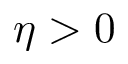
\eta > 0